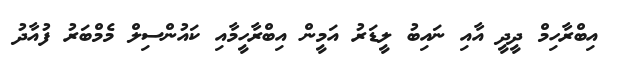
އިބްރާހިމް ދީދީ އާއި ނައިބު ލީޑަރު އަމީން އިބްރާހީމާއި ކައުންސިލް މެމްބަރު ފުއާދު